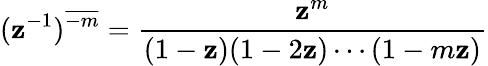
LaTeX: (\mathbf{z}^{-1})^{\overline{{{-m}}}}={\frac{{\mathbf{z}^{m}}}{{(1-\mathbf{z})(1-2\mathbf{z})\cdots(1-m\mathbf{z})}}}